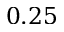
0 . 2 5